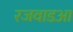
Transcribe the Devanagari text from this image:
रजवाडआ